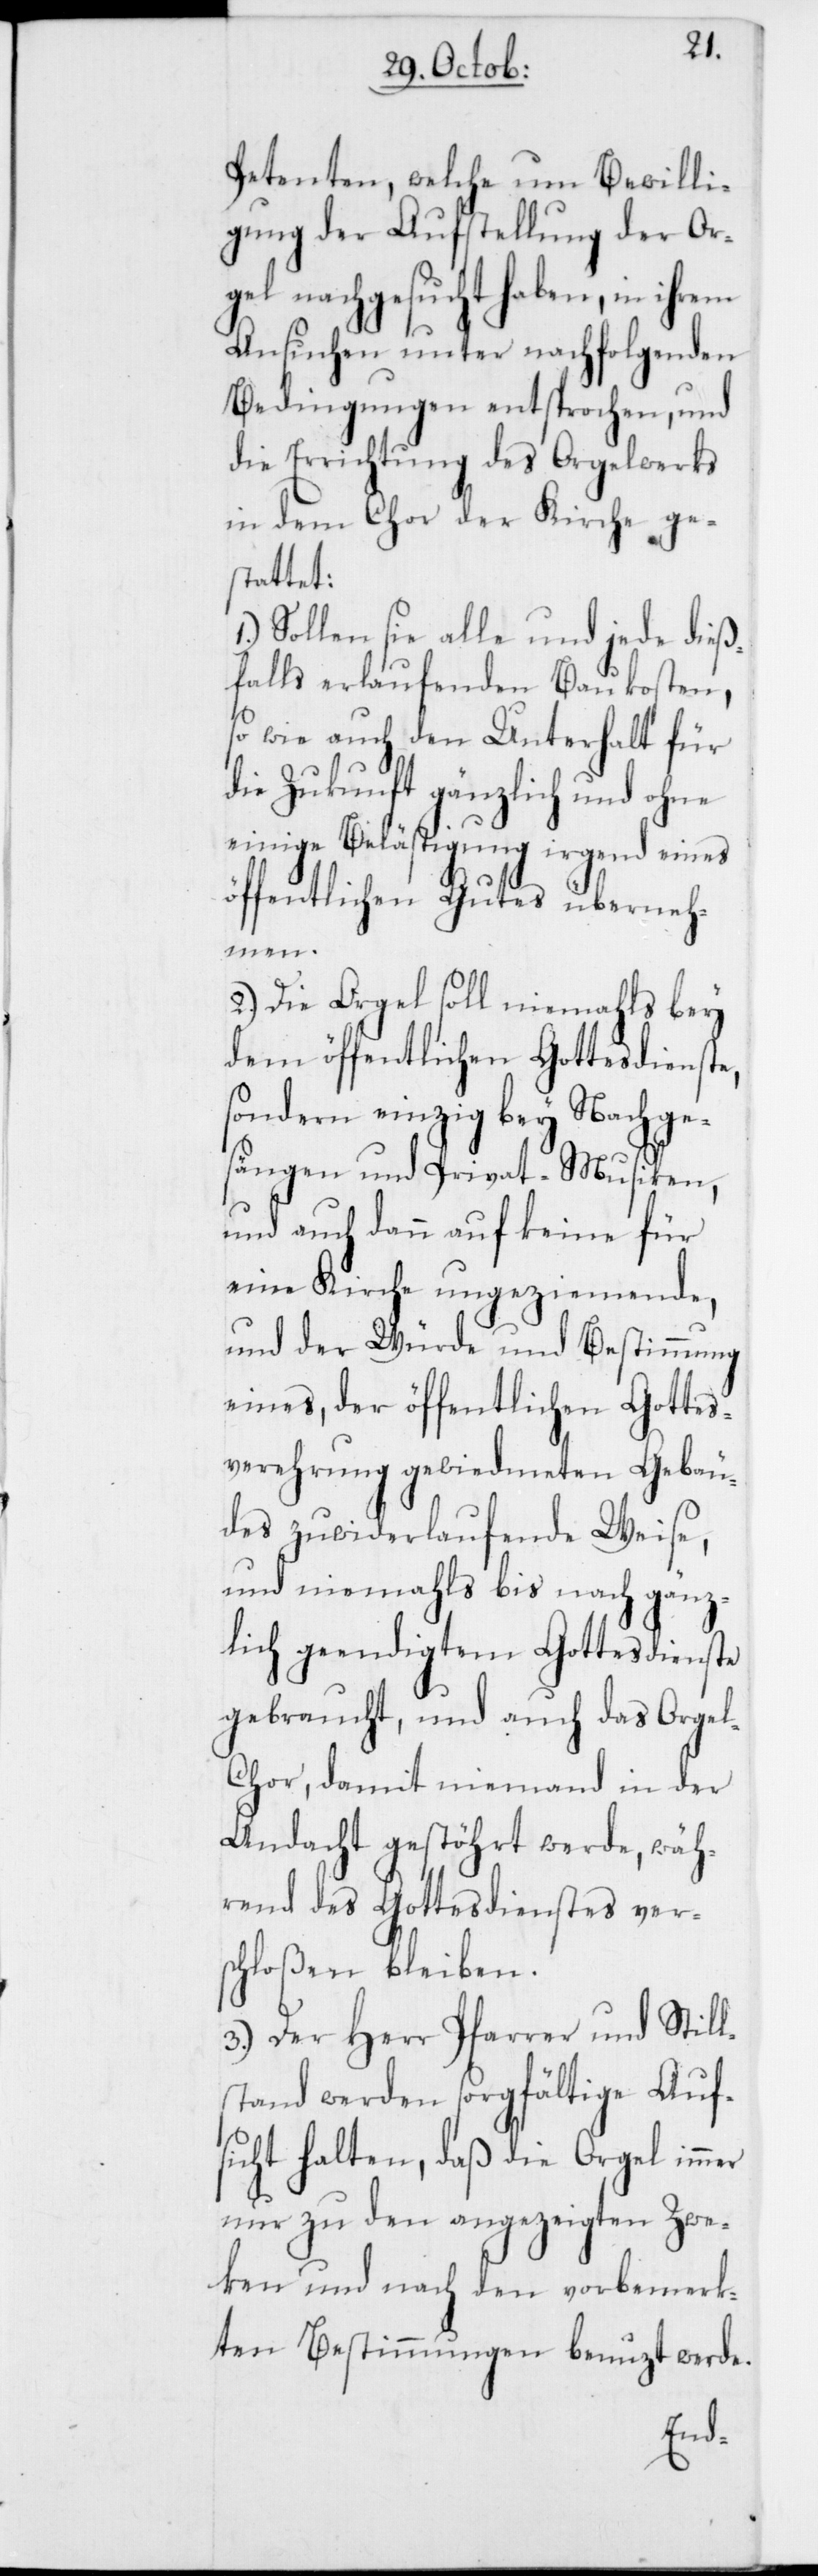
Petenten, welche um Bewilli¬
gung der Aufstellung der Or¬
gel nachgesucht haben, in ihrem
Ansuchen unter nachfolgenden
Bedingungen entsprochen, und
die Errichtung des Orgelwerks
in dem Chor der Kirche ge¬
stattet.
1.) Sollen sie alle und jede dieß¬
falls erlaufenden Baukosten,
so wie auch den Unterhalt für
die Zukunft gänzlich und ohne
einige Belästigung irgend eines
öffentlichen Gutes überneh¬
men.
2.) Die Orgel soll niemahls bey
dem öffentlichen Gottesdienste,
sondern einzig bey Nachge¬
sängen und Privat-Musiken,
und auch dann auf keine für
eine Kirche ungeziemende,
und der Würde und Bestimmung
eines, der öffentlichen Gottes¬
verehrung gewiedmeten Gebäu¬
des zuwiderlaufende Weise,
und niemahls bis nach gänz¬
lich geendigtem Gottesdienste
gebraucht, und auch das Orge¬
l-Chor, damit niemand in der
Andacht gestöhrt werde, wäh¬
rend des Gottesdienstes ver¬
schloßen bleiben.
3.) Der Herr Pfarrer und Still¬
stand werden sorgfältige Auf¬
sicht halten, daß die Orgel immer
nur zu den angezeigten Zwe¬
ken und nach den vorbemerk¬
ten Bestimmungen benuzt werde.